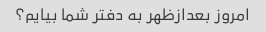
امروز بعدازظهر به دفتر شما بیایم؟